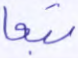
تبعا